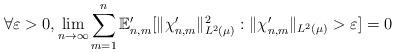
LaTeX: \begin{align*} \forall \varepsilon > 0, \lim_{n \to \infty} \sum_{m=1}^n \mathbb{E}_{n,m}' [ \|\chi_{n,m}' \|_{L^2(\mu)}^2 : \|\chi_{n,m}' \|_{L^2( \mu)} > \varepsilon ] = 0 \end{align*}